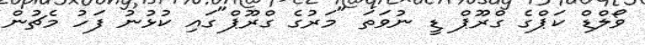
ވޯލްޑް ކަޕްގެ ގްރޫޕް ޑީ ނުވަތަ "މަރުގެ ގްރޫޕް"ގައި ކުޅުނު ފަހު މެޗުން